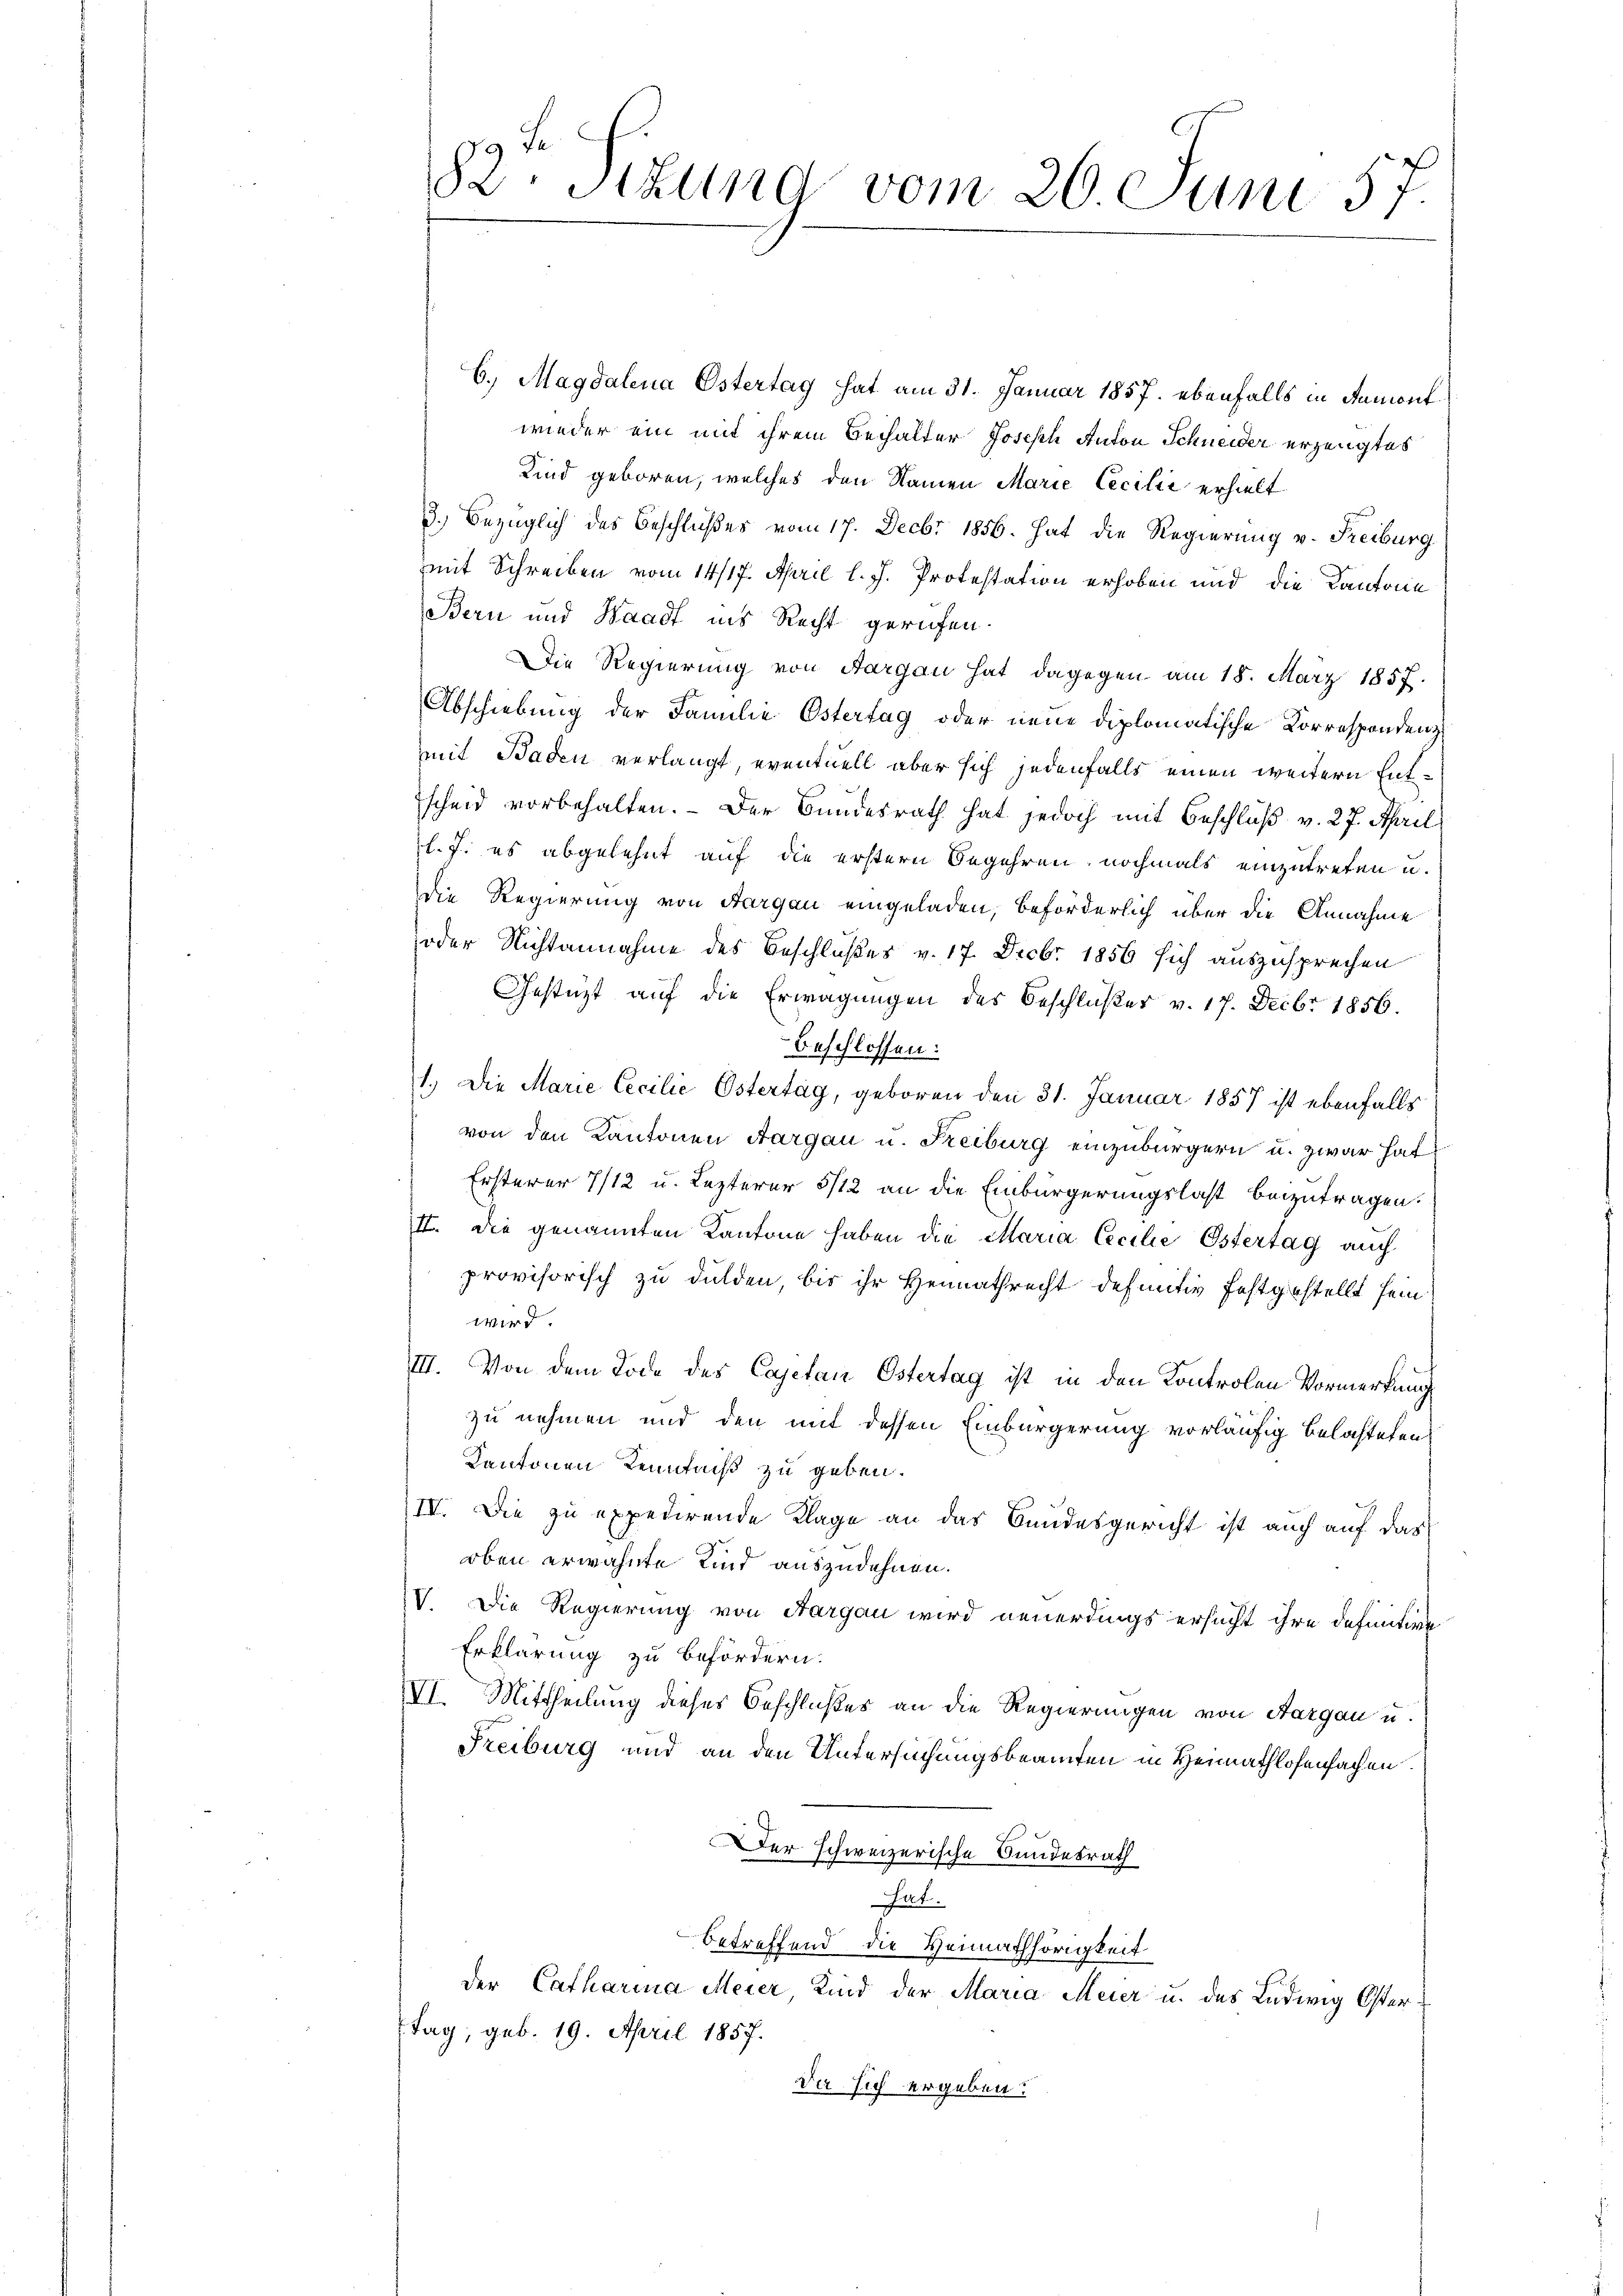
82. Stund vom 26 Juni 57

b. Magdalena Ostertag hat am 31. Januar 1857. ebenfalls in Samont
wieder ein mit ihrem Behalter Joseph Anton Schneider erzeugtes
Kind geboren, welches den Namen Marie Cecilie erhielt
3.) Bezüglich des Beschlußes vom 17. Decbr 1856. hat die Regierung v. Freiburg
mmit Schreiben vom 14/17. April l. J. Protestation erhoben und die Kantone
Bern und Waadt ins Recht gerufen.
Die Regierung von Aargau hat dagegen am 18. März 1857.
Abschiebung der Familie Ostertag oder neue diplomatische Korrespondenmit Baden verlangt, eventuell aber sich jedenfalls einen weitern Entscheid vorbehalten. – Der Bundesrath hat jedoch mit Beschluß v. 27. April
l. J. es abgelehnt auf die erstern Begehren, nochmals einzutreten u.
die Regierung von Aargau eingeladen, beförderlich über die Annahme
oder Nichtannahme des Beschlußes v. 17. Decbr 1856 sich auszusprechen
Gestützt auf die Erwägungen des Beschlußer v. 17. Decbr 1856.
Beschlossen:
1.) Die Marie Cecilie Ostertag, geboren den 31. Januar 1857 ist ebenfalls
von den Kantonen Aargau u. Freiburg einzubürgern u. zwar hat
Ersterer 7/12 u. Lezterer 5/12 an die Einbürgerungslast beizutragen.
II. Die genannten Kantone haben die Maria Cecilie Ostertag auch
provisorisch zu dulden, bis ihr Heimathrecht definitiv festgestellt sein
wird.
III. Von dem Tode des Cajetan Ostertag ist in den Kontrolen Vormerkung
zu nehmen und den mit dessen Einbürgerung vorläufig belasteten
Kantonen Kenntniß zu geben.
IV. Die zu expedirende Klage an das Bundesgericht ist auch auf das
oben erwähnte Kind auszudehnen.
IV. Die Regierung von Aargau wird neuerdings ersucht ihre definitive
Erklärung zu befördern.
VI. Mittheilung dieses Beschlußes an die Regierungen von Aargau u.
Freiburg und an den Untersuchungsbeamten in Heimathlosenfachen
Der schweizerische Bundesrath
Sat.
betreffend die Heimathörigkeit
der Catharina Meier, Kind der Maria Meier u. des Ludwig Öster¬
Tag, geb. 19. April 1857.
Da sich ergeben: